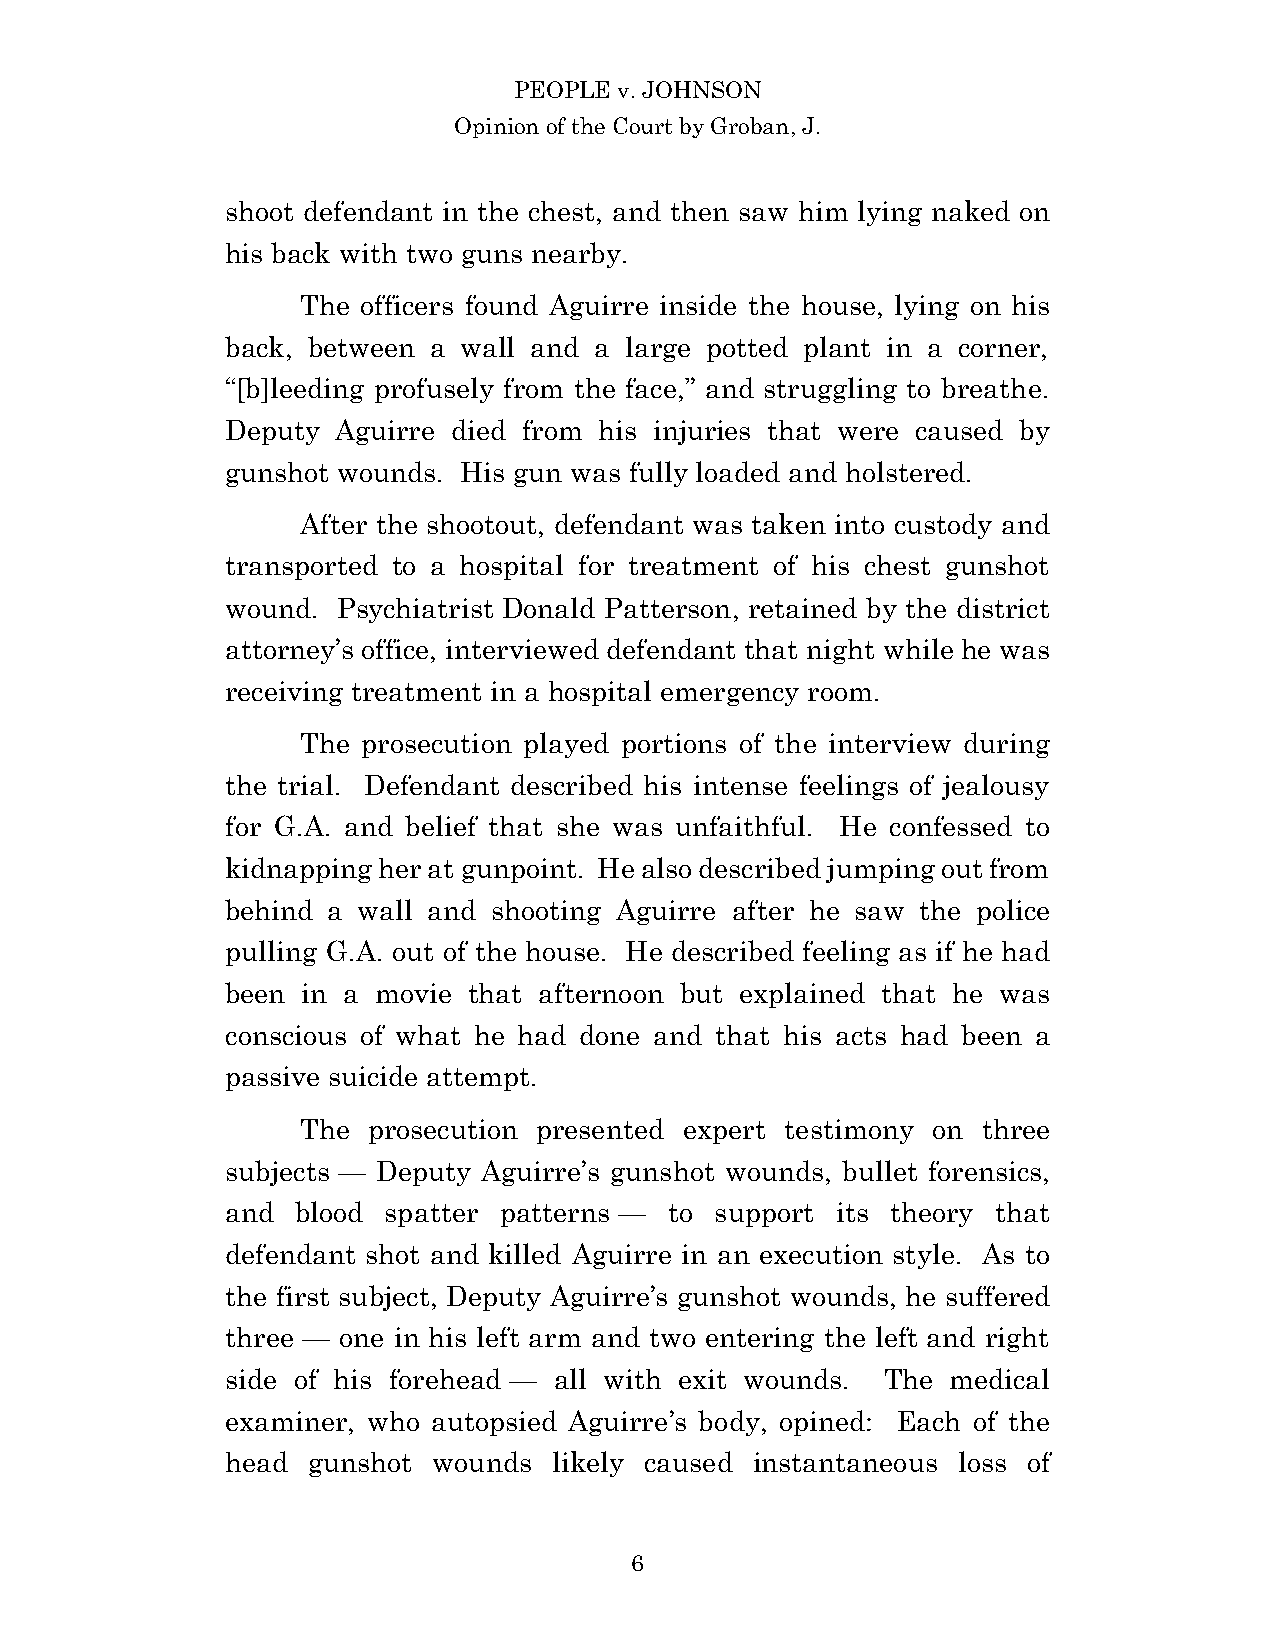
PEOPLE v. JOHNSON
 Opinion of the Court by Groban, J.
 shoot defendant in the chest, and then saw him lying naked on
 his back with two guns nearby.
 The officers found Aguirre inside the house, lying on his
 back, between a wall and a large potted plant in a corner,
 “[b]leeding profusely from the face,” and struggling to breathe.
 Deputy Aguirre died from his injuries that were caused by
 gunshot wounds. His gun was fully loaded and holstered.
 After the shootout, defendant was taken into custody and
 transported to a hospital for treatment of his chest gunshot
 wound. Psychiatrist Donald Patterson, retained by the district
 attorney’s office, interviewed defendant that night while he was
 receiving treatment in a hospital emergency room.
 The prosecution played portions of the interview during
 the trial. Defendant described his intense feelings of jealousy
 for G.A. and belief that she was unfaithful. He confessed to
 kidnapping her at gunpoint. He also described jumping out from
 behind a wall and shooting Aguirre after he saw the police
 pulling G.A. out of the house. He described feeling as if he had
 been in a movie that afternoon but explained that he was
 conscious of what he had done and that his acts had been a
 passive suicide attempt.
 The prosecution presented expert testimony on three
 subjects — Deputy Aguirre’s gunshot wounds, bullet forensics,
 and  blood spatter patterns — to support its theory that
 defendant shot and killed Aguirre in an execution style. As to
 the first subject, Deputy Aguirre’s gunshot wounds, he suffered
 three — one in his left arm and two entering the left and right
 side of his forehead — all with exit wounds. The medical
 examiner, who autopsied Aguirre’s body, opined: Each of the
 head gunshot  wounds  likely caused instantaneous loss of
 6